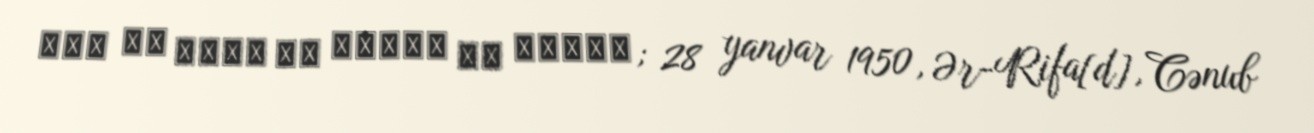
حمد بن عيسى بن سلمان آل خليفة; 28 yanvar 1950, Ər-Rifa[d], Cənub